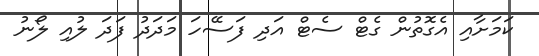
ކަމަށާއި އެގޮތުން ގެޓް ސެޓް އަދި ފަސޭހަ މަދަދު ފަދަ ލުއި ލޯނު